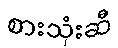
စားသုံးဆီ